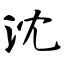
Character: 沈